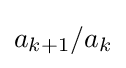
a_{k+1}/a_{k}